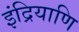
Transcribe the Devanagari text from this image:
इंद्रियाणि